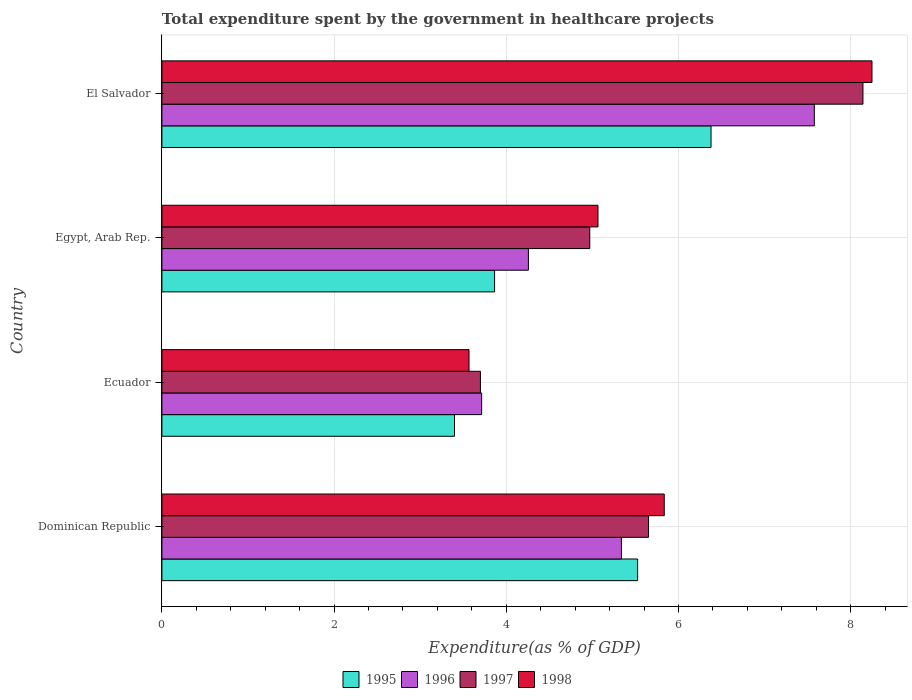
| Country | 1995 | 1996 | 1997 | 1998 |
 | --- | --- | --- | --- | --- |
 | Dominican Republic | 5.53 | 5.34 | 5.65 | 5.84 |
 | Ecuador | 3.4 | 3.71 | 3.7 | 3.57 |
 | Egypt, Arab Rep. | 3.86 | 4.26 | 4.97 | 5.07 |
 | El Salvador | 6.38 | 7.58 | 8.14 | 8.25 |